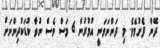
ދޭން ފެށުމެވެ. މި ދަންނަވަނީ އުމުރުން 6 މަސް ވެސް ނުވާ ކުޑަކުދިންނަށް